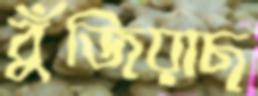
বুঁজিয়াছ